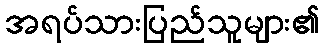
အရပ်သားပြည်သူများ၏